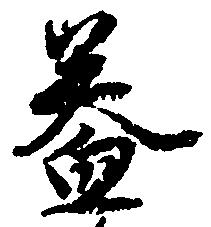
益